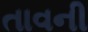
તાવની